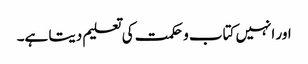
اور انہیں کتاب و حکمت کی تعلیم دیتا ہے۔